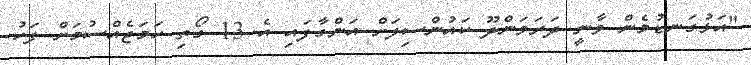
"އަޅުގަނޑުމެން ވާނީ ދަރަވަންދޫ ކައުންސިލަށް އަންގާފައި އެ 13 ގޯތި ހަމަޖެއްސުމަށް ފަހު